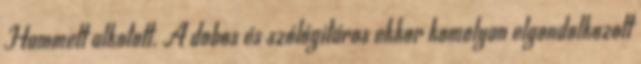
Hammett alkotott. A dobos és szólógitáros ekkor komolyan elgondolkozott